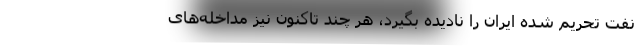
نفت تحریم شده ایران را نادیده بگیرد، هر چند تاکنون نیز مداخله‌های